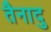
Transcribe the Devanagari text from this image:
तैनादु